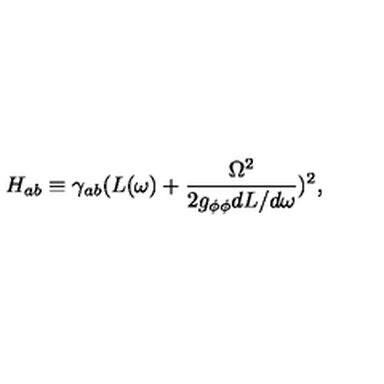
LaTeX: H _ { a b } \equiv \gamma _ { a b } ( L ( \omega ) + \frac { \Omega ^ { 2 } } { 2 g _ { \phi \phi } d L / d \omega } ) ^ { 2 } ,